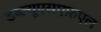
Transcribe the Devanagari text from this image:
डब्ल्यूएसएफ़एल